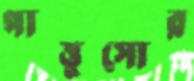
গাত্তুসোর